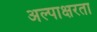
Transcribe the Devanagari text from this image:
अल्पाक्षरता